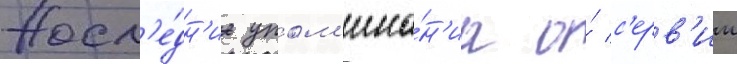
Посл'е́дн'ие упом'ина́н'иа о́ с'ерв'ии